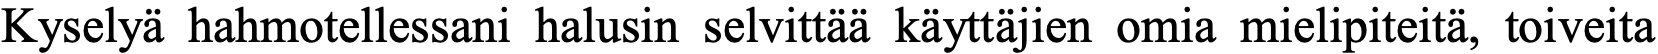
Kyselyä hahmotellessani halusin selvittää käyttäjien omia mielipiteitä, toiveita